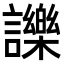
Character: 𧭥